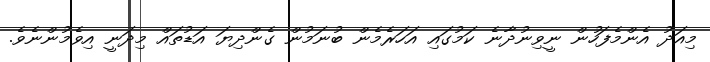
މިއަދު އެންމެފަހުން ނީވިނުދާނެ ކަމުގައި އަހަރެމެން ބުނަމުން ގެންދިޔަ އަޑުތައް މިދަނީ އިވެމުންނެވެ.